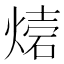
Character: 𤌫